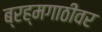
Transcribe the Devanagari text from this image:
ब्रह्मगाठीवर